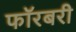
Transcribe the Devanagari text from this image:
फॉरबरी